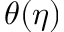
\theta ( \eta )